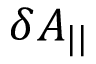
\delta A _ { | | }